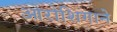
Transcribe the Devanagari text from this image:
ओरोशिगाने